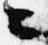
々